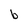
Character: b